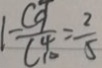
1 - \frac { C _ { 9 } } { C _ { 1 0 } ^ { 4 } } = \frac { 2 } { 5 }